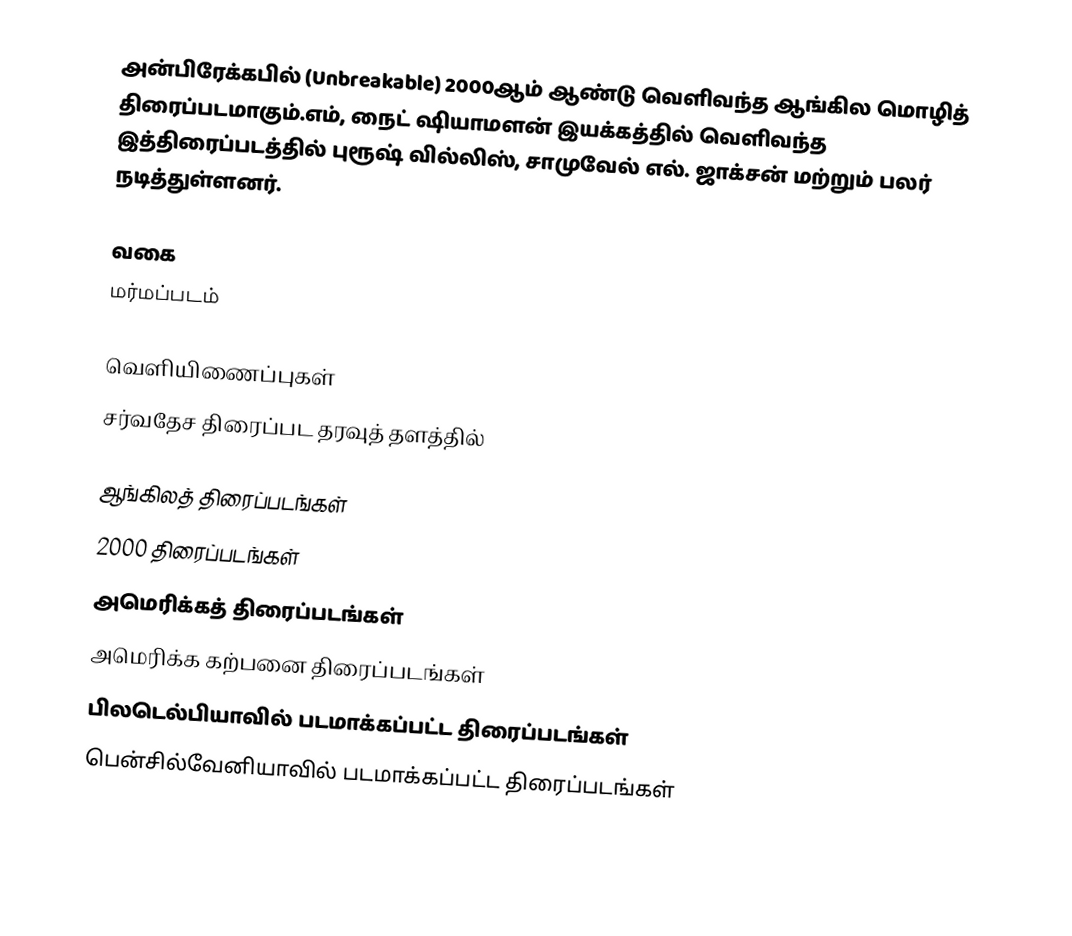
அன்பிரேக்கபில் (Unbreakable) 2000ஆம் ஆண்டு வெளிவந்த ஆங்கில மொழித் திரைப்படமாகும்.எம், நைட் ஷியாமளன் இயக்கத்தில் வெளிவந்த இத்திரைப்படத்தில் புரூஷ் வில்லிஸ், சாமுவேல் எல். ஜாக்சன் மற்றும் பலர் நடித்துள்ளனர்.

வகை
மர்மப்படம்

வெளியிணைப்புகள்
 சர்வதேச திரைப்பட தரவுத் தளத்தில்

ஆங்கிலத் திரைப்படங்கள்
2000 திரைப்படங்கள்
அமெரிக்கத் திரைப்படங்கள்
அமெரிக்க கற்பனை திரைப்படங்கள்
பிலடெல்பியாவில் படமாக்கப்பட்ட திரைப்படங்கள்
பென்சில்வேனியாவில் படமாக்கப்பட்ட திரைப்படங்கள்